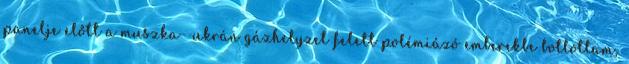
panelje előtt a muszka--ukrán gázhelyzet felett polémiázó emberekbe botlottam,